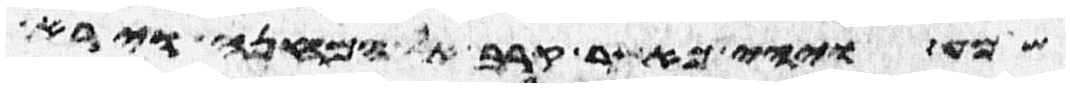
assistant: שמע ויהי כאשר קרב אל המחנה וירא